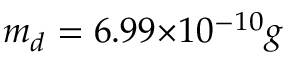
m _ { d } = 6 . 9 9 { \times } 1 0 ^ { - 1 0 } g